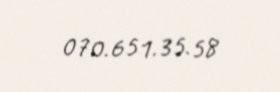
070.651.35.58